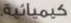
كيميائية.